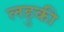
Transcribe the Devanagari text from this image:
लहुकी